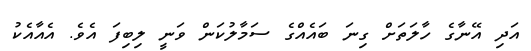
އަދި އޭނާގެ ހާލަތަށް ގިނަ ބައެއްގެ ސަމާލުކަން ވަނީ ލިބިފަ އެވެ. އެއާއެކު